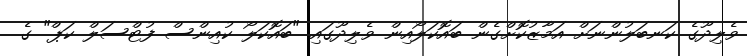
ވެލިދޫގެ ކަނބަލުންނަށް އަމާޒުކޮށްގެން ބައޮކަލޯއިން ވެލިދޫގައި "ބައޮކަލޯ ކުއިންސް ފުޓްސަލް ކަޕް" ގެ